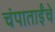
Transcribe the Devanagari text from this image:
चंपाताईंचे